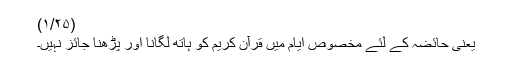
(۱/۲۵)
یعنی حائضہ کے لئے مخصوص ایام میں قرآن کریم کو ہاتھ لگانا اور پڑھنا جائز نہیں۔